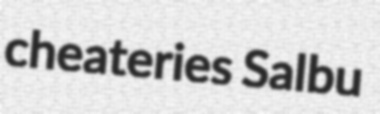
cheateries Salbu